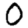
Digit: 0